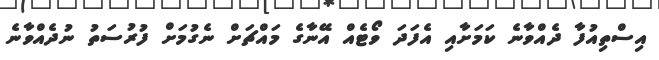
އިސްތިއުފާ ދެއްވާނެ ކަމަށާއި އެފަދަ ވޯޓެއް އޭނާގެ މައްޗަށް ނެގުމަށް ފުރުސަތު ނުދެއްވާނެ